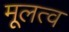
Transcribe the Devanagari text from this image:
मूलत्व